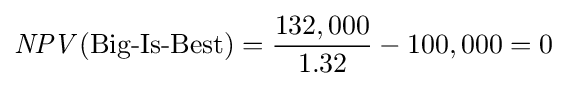
{\mathit {NPV}}({\text{Big-Is-Best}})={\frac {132,000}{1.32}}-100,000=0